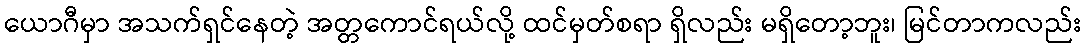
ယောဂီမှာ အသက်ရှင်နေတဲ့ အတ္တကောင်ရယ်လို့ ထင်မှတ်စရာ ရှိလည်း မရှိတော့ဘူး၊ မြင်တာကလည်း